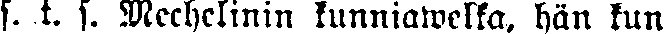
s. t. s. Mechelinin kunniawelka, hän kun